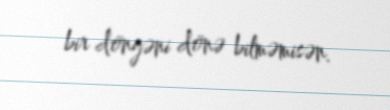
bir döngəni dönə bilməmisən.